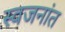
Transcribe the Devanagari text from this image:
स्वजनांत